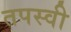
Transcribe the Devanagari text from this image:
तपस्‍वी